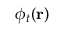
\phi _ { t } ( \mathbf { r } )